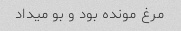
مرغ مونده بود و بو میداد